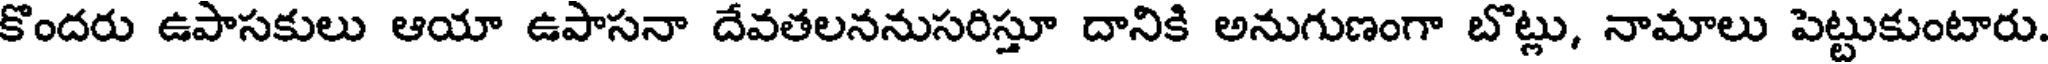
కొందరు ఉపాసకులు ఆయా ఉపాసనా దేవతలననుసరిస్తూ దానికి అనుగుణంగా బొట్లు, నామాలు పెట్టుకుంటారు.